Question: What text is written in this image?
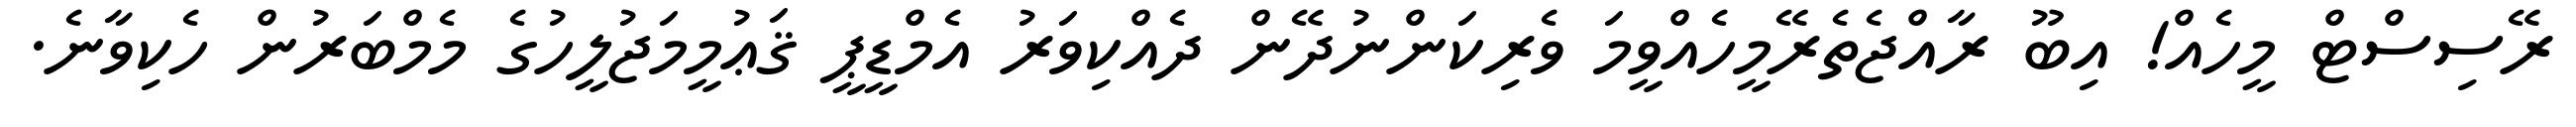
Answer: ރޭސިސްޓް މީހެއް! އިބޫ ރާއްޖެތެރޭމީހެއްވީމަ ވެރިކަންނުދޭން ދެއްކިވަރު އެމްޑީޕީ ޤަޢުމީމަޖުލީހުގެ މެމްބަރުން ހެކިވާނެ.